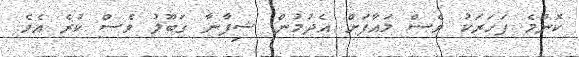
ކޮންމެ ފަހަރަކު ވެސް މައާފަށް އެދުމުން ޝިފާނާ ގަބޫލު ވެސް ކުރެ އެވެ.